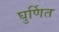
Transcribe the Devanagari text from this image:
घुर्णित